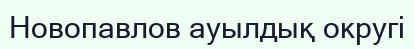
Новопавлов ауылдық округі